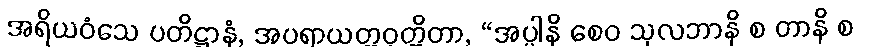
အရိယဝံသေ ပတိဋ္ဌာနံ, အပရာယတ္တဝုတ္တိတာ, “အပ္ပါနိ စေဝ သုလဘာနိ စ တာနိ စ